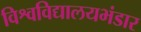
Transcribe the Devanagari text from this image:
विश्वविद्यालयभंडार